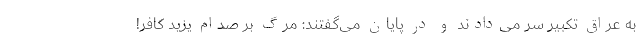
به عراق تکبیر سر می‌دادند و در پایان می‌گفتند: مرگ بر صدام یزید کافر!